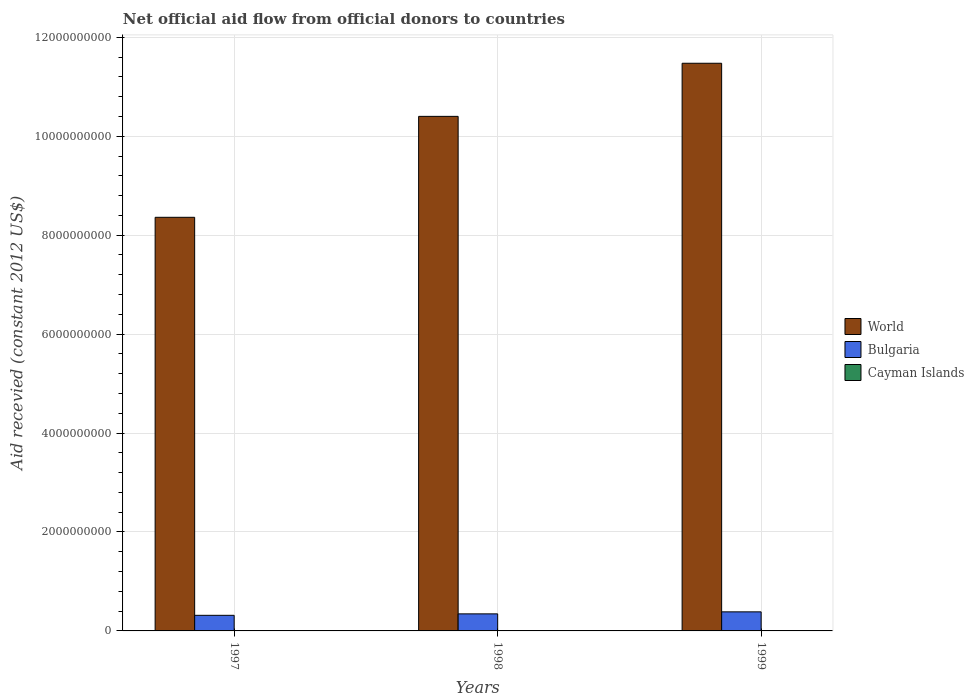
| Years | World | Bulgaria | Cayman Islands |
 | --- | --- | --- | --- |
 | 1997 | 8.36e+09 | 3.16e+08 | -5.15e+06 |
 | 1998 | 1.04e+10 | 3.45e+08 | 4.5e+05 |
 | 1999 | 1.15e+10 | 3.85e+08 | 4.62e+06 |